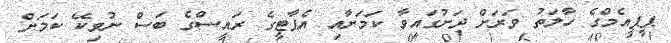
ޕީޕީއެމްގެ ހާލަތު ވަރަށް ދަށުގައިވާ ކަމަށާއި އެޕާޓީގެ ރައީސްގެ ބަސް ނުވިކޭ ކަމަށް